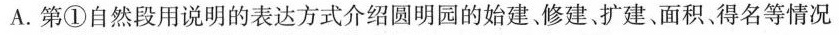
A.第①自然段用说明的表达方式介绍圆明园的始建。修建、扩建、面积、得名等情况